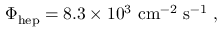
\Phi _ { \mathrm { h e p } } = 8 . 3 \times 1 0 ^ { 3 } \mathrm { \ c m } ^ { - 2 } \mathrm { \ s } ^ { - 1 } \ ,